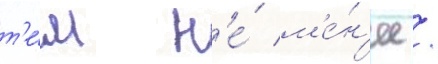
т'е́м н'е́ м'е́н'ее /